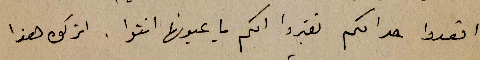
اقعدوا حد امكم تقبروا امكم يا عيونها انتوا. اتركوه هذا